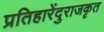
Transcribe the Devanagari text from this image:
प्रतिहारेंदुराजकृत